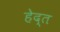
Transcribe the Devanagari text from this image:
हेद्त